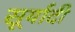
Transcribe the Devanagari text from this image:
सूर्यादी